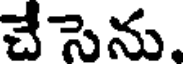
చేసెను,